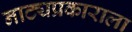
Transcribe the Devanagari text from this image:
नाट्यप्रकाराला